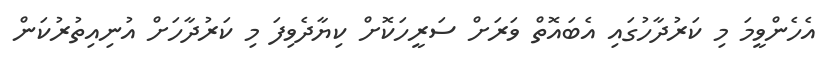
އެހެންވީމަ މި ކަރުދާހުގައި އެބައޮތް ވަރަށް ސަރީހަކޮށް ކިޔާދެވިފަ މި ކަރުދާހަށް އުނިއިތުރުކަން